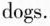
dogs.